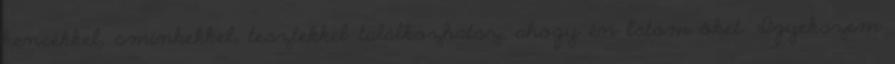
kencékkel, sminkekkel, tesztekkel találkozhatsz, ahogy én látom őket. Igyekszem